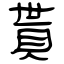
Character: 貰